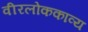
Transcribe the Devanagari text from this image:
वीरलोककाव्य